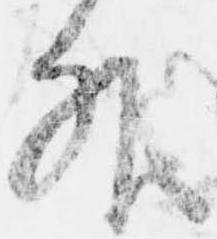
外